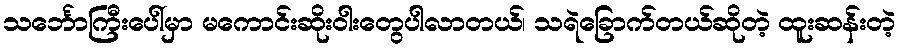
သင်္ဘောကြီးပေါ်မှာ မကောင်းဆိုးဝါးတွေပါလာတယ်၊ သရဲခြောက်တယ်ဆိုတဲ့ ထူးဆန်းတဲ့